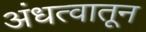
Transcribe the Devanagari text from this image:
अंधत्वातून